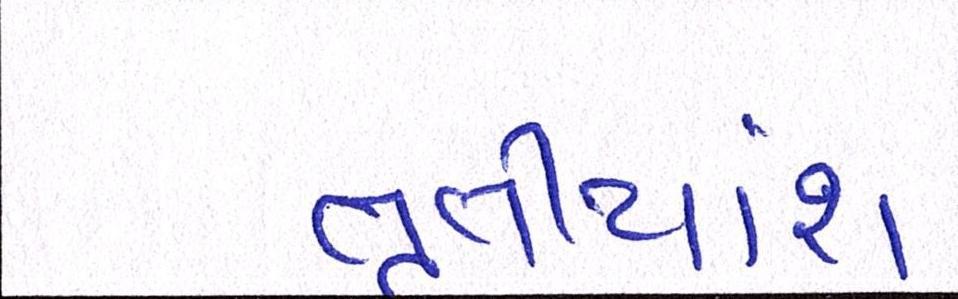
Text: તૃતીયાંશ